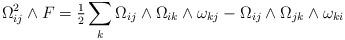
LaTeX: \begin{align*}\Omega_{ij}^2\wedge F = \tfrac 12 \sum_{k} \Omega_{ij}\wedge\Omega_{ik}\wedge\omega_{kj} - \Omega_{ij}\wedge\Omega_{jk}\wedge\omega_{ki}\end{align*}